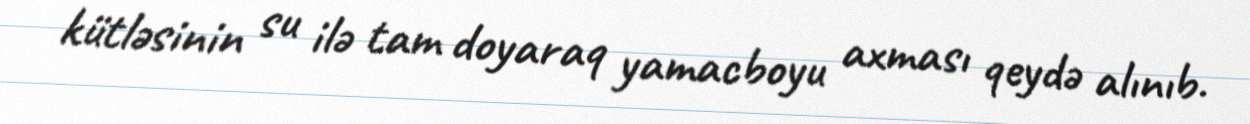
kütləsinin su ilə tam doyaraq yamacboyu axması qeydə alınıb.